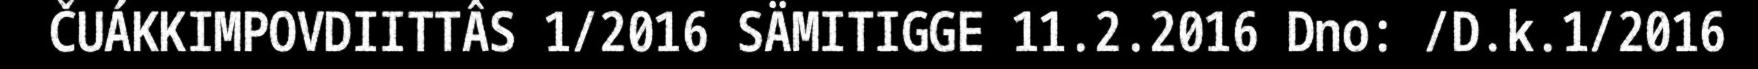
ČUÁKKIMPOVDIITTÂS 1/2016 SÄMITIGGE 11.2.2016 Dno: /D.k.1/2016